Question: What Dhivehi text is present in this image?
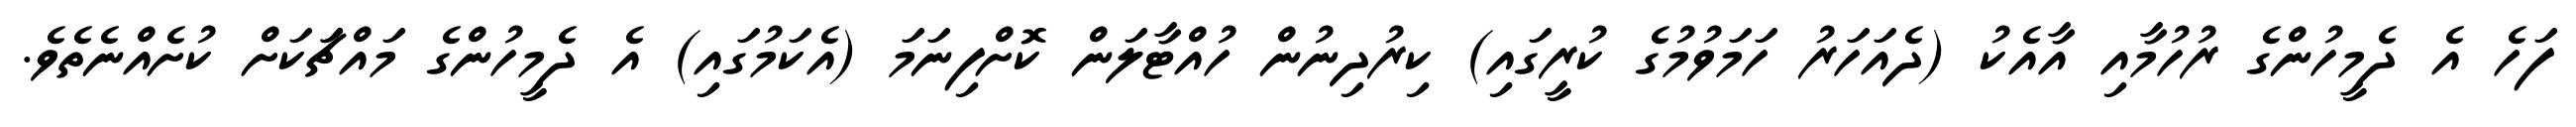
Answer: ފަހެ އެ ދެމީހުންގެ ރުހުމާއި އާއެކު (ދެއަހަރު ހަމަވުމުގެ ކުރީގައި) ކިރުދިނުން ހުއްޓާލަން ކޮށްފިނަމަ (އެކަމުގައި) އެ ދެމީހުންގެ މައްޗަަކަށް ކުށެއްނެތެވެ.